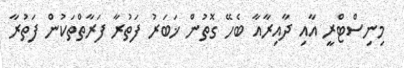
މިނިސްޓްރީ އާއި ދާއިރާއާ ބެހޭ ގޮތުން ޚަބަރު ފަތުރާ ފަރާތްތަކުން ފަތުރާ